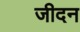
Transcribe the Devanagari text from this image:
जीदन